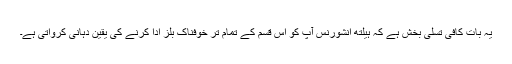
یہ بات کافی تسلی بخش ہے کہ ہیلتھ انشورنس آپ کو اس قسم کے تمام تر خوفناک بلز ادا کرنے کی یقین دہانی کرواتی ہے۔